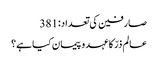
صارفین کی تعداد:381
عالم ذرّ کا عہد و پیمان کیا ہے؟